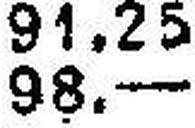
98.—